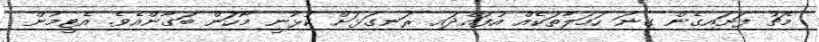
މެޗު ފަށައިގެން ގިނަ ހަމަލާތަކެއް އުފައްދައި ރަނގަޅަށް ކުޅުނީ މޯހަން ބަގާންއެވެ. އެޓީމުން